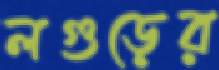
লগুড়ের